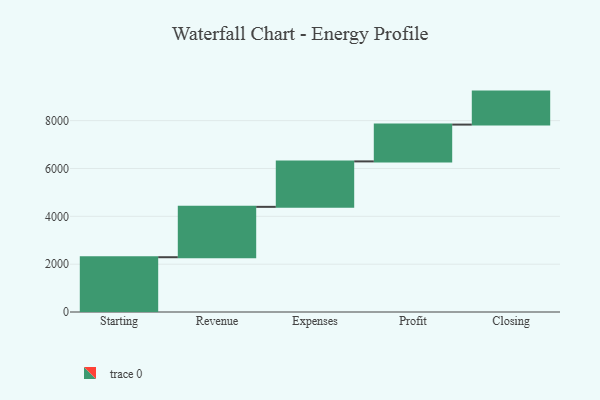
{"axis": {"x": "Step", "y": "Value"}, "legend": [""], "data": [{"x": "Starting", "y": 2290.0, "type": ""}, {"x": "Revenue", "y": 2106.0, "type": ""}, {"x": "Expenses", "y": 1900.0, "type": ""}, {"x": "Profit", "y": 1539.0, "type": ""}, {"x": "Closing", "y": 1379.0, "type": ""}]}